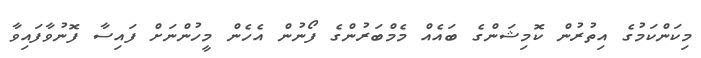
މިކަންކަމުގެ އިތުރުން ކޮމިޝަންގެ ބައެއް މެމްބަރުންގެ ފޯނުން އެހެން މީހުންނަށް ފައިސާ ފޮނުވާފައިވާ